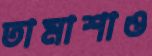
তামাশাও